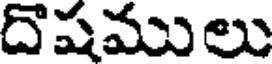
దొషములు